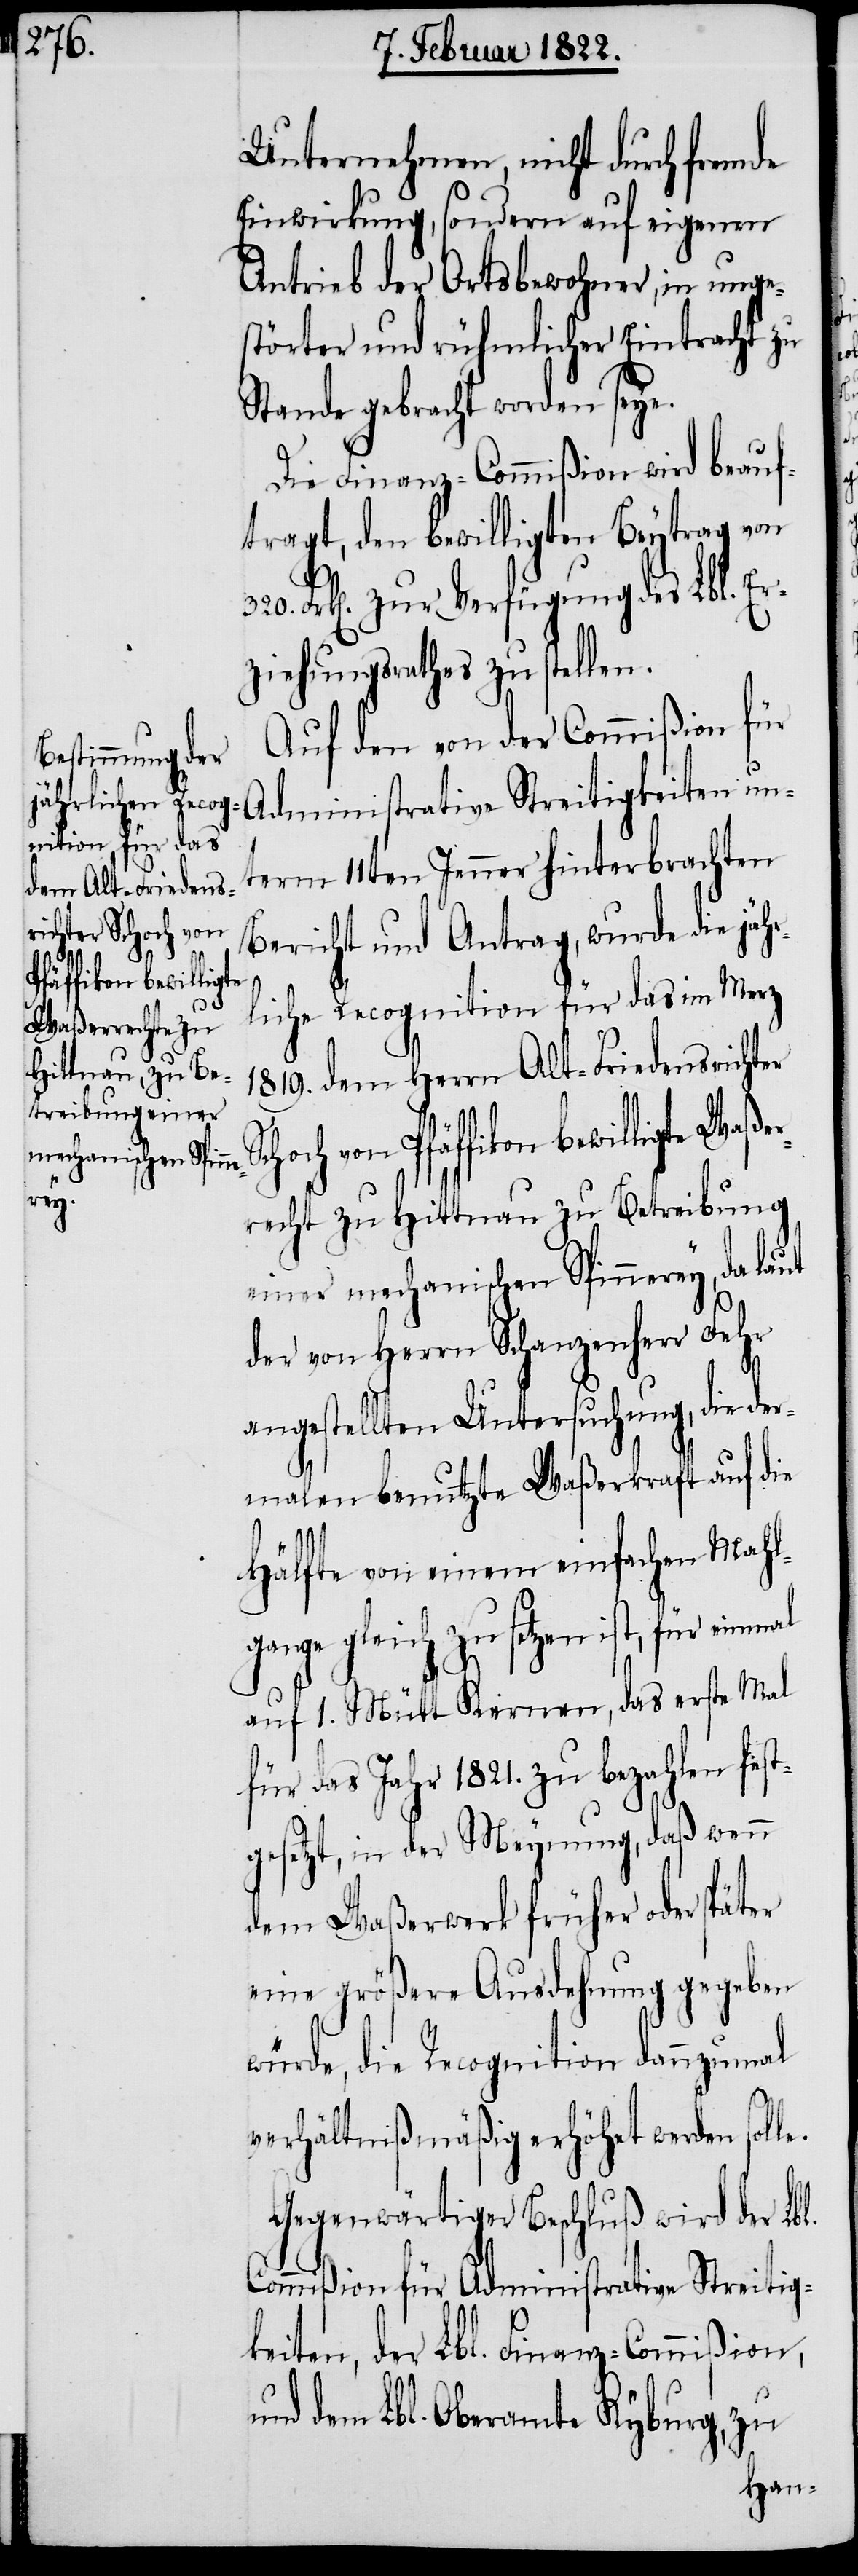
le.

Unternehmen, nicht durch fremde
Einwirkung, sondern auf eigenen
Antrieb der Ortsbewohner, in unges¬
törter und rühmlicher Eintracht zu
Stande gebracht worden seye.
Die Finanz-Commißion wird beauf¬
tragt, den bewilligten Beytrag von
Frk[en]. zur Verfügung des Lbl. E¬
ziehungsrathes zu stellen.
Auf den von der Commißion für
Administrative Streitigkeiten un¬
term 11ten Jenner hinterbrachten
Bericht und Antrag, wurde die jähr¬
liche Recognition für das im Merz
1819. dem Herrn Alt-Friedensrichter
von Pfäffikon bewilligte Waß¬
recht zu Hittnau zu Betreibung
einer mechanischen Spinnerey, da laut
der von Herrn Schanzenherr Fehr
angestellten Untersuchung, die der¬
malen benutzte Waßerkraft auf die
Hälfte von einem einfachen Mahl¬
gange gleich zu setzen ist, für einmal
auf 1. Mütt Kernen, das erste Mal
für das Jahr 1821. zu bezahlen fest¬
gesetzt, in der Meynung, daß wenn
dem Waßerrad früher oder später
eine größere Ausdehnung gegeben
würde, die Recognition dannzumal
verhältnißmäßig erhöht werden sol¬
Gegenwärtiger Beschluß wird der Lbl.
Commißion für Administrative Streitig¬
keiten, der Lbl. Finanz-Commißion,
und dem Lbl. Oberamte Kyburg, zu